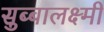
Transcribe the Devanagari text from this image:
सुब्बालक्ष्मी